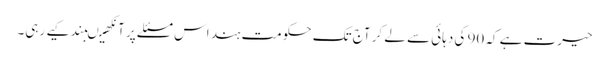
حیرت ہے کہ 90 کی دہائی سے لے کر آج تک حکومت ہند اس مسئلے پر آنکھیںبند کیے رہی۔